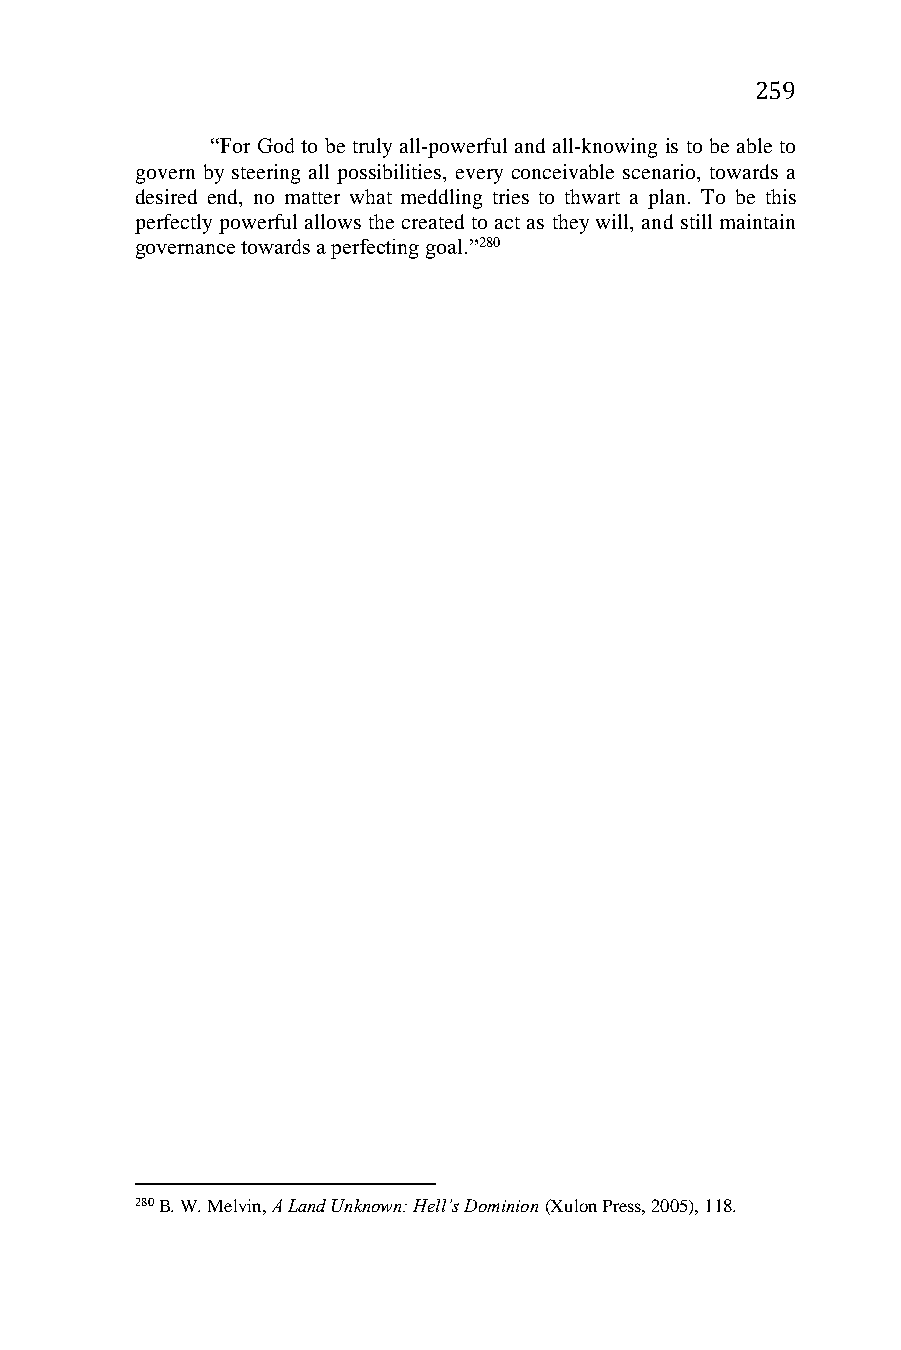
259
 “For God to be truly all-powerful and all-knowing is to be able to
 govern by steering all possibilities, every conceivable scenario, towards a
 desired end, no matter what meddling tries to thwart a plan. To be this
 perfectly powerful allows the created to act as they will, and still maintain
 governance towards a perfecting goal.”280
 280 B. W. Melvin, A Land Unknown: Hell’s Dominion (Xulon Press, 2005), 118.